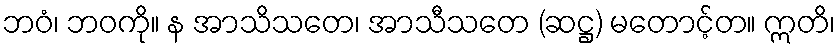
ဘဝံ၊ ဘဝကို။ န အာသိသတေ၊ အာသီသတေ (ဆဋ္ဌ) မတောင့်တ။ ဣတိ၊